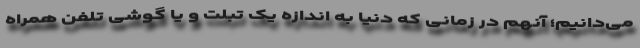
می‌دانیم؛ آنهم در زمانی که دنیا به اندازه یک تبلت و یا گوشی تلفن همراه